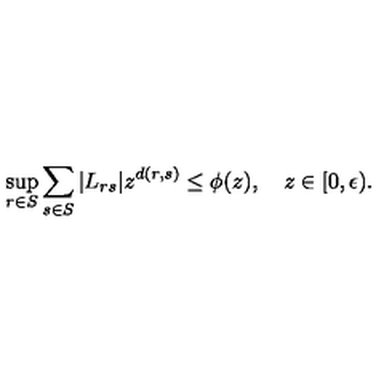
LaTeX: \sup _ { r \in S } { \sum _ { s \in S } { | L _ { r s } | z ^ { d ( r , s ) } \le \phi ( z ) } } , \quad z \in [ 0 , \epsilon ) .